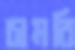
চামরি